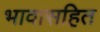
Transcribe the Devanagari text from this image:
भावासहित